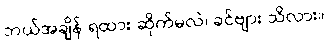
ဘယ်အချိန် ရထား ဆိုက်မလဲ၊ ခင်ဗျား သိလား။